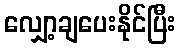
လျှော့ချပေးနိုင်ပြီး